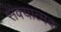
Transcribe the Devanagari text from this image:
संक्यात्मक